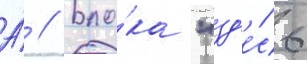
А́ // Бло́ка "зд'е́сь